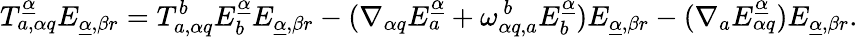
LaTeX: T_{a,\alpha q}^{\underline{{\alpha}}}E_{\underline{{\alpha}},\beta r}=T_{a,\alpha q}^{b}E_{b}^{\underline{{\alpha}}}E_{\underline{{\alpha}},\beta r}-(\nabla_{\alpha q}E_{a}^{\underline{{\alpha}}}+\omega_{\alpha q,a}^{~b}E_{b}^{\underline{{\alpha}}})E_{\underline{{\alpha}},\beta r}-(\nabla_{a}E_{\alpha q}^{\underline{{\alpha}}})E_{\underline{{\alpha}},\beta r}.